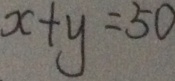
x + y = 5 0